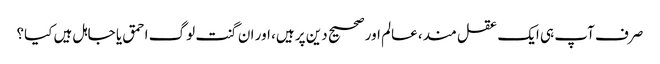
صرف آپ ہی ایک عقل مند، عالم اور صحیح دین پر ہیں، اور ان گنت لوگ احمق یا جاہل ہیں کیا؟